Vaccination report Assam 1874-1896 - 1874-1896
Year: 1874
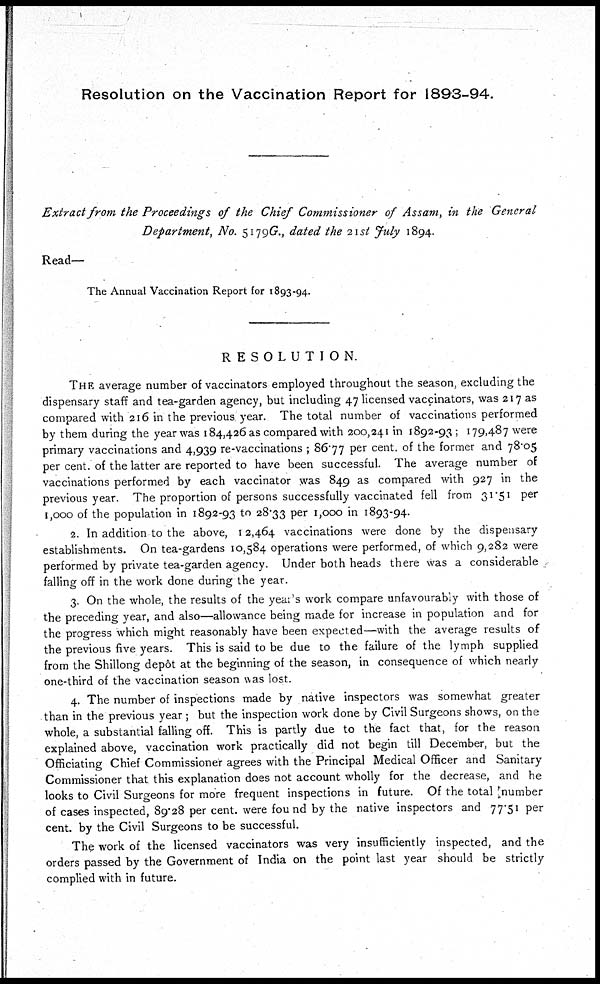
Resolution on the Vaccination Report for 1893-94.
Extract from the Proceedings of the Chief Commissioner of Assam, in the General
Department, No. 5179G., dated the 21st July 1894.
Read—
The Annual Vaccination Report for 1893-94.
RESOLUTION.
THE average number of vaccinators employed throughout the season, excluding the
dispensary staff and tea-garden agency, but including 47 licensed vaccinators, was 217 as
compared with 216 in the previous year. The total number of vaccinations performed
by them during the year was 184,426 as compared with 200,241 in 1892-93 ; 179,487 were
primary vaccinations and 4,939 re-vaccinations ; 86.77 per cent. of the former and 78.05
per cent. of the latter are reported to have been successful. The average number of
vaccinations performed by each vaccinator was 849 as compared with 927 in the
previous year. The proportion of persons successfully vaccinated fell from 31.51 per
1,000 of the population in 1892-93 to 28.33 Per 1,000 in 1893-94.
2. In addition to the above, 12,464 vaccinations were done by the dispensary
establishments. On tea-gardens 10,584 operations were performed, of which 9,282 were
performed by private tea-garden agency. Under both heads there was a considerable
falling off in the work done during the year.
3. On the whole, the results of the year's work compare unfavourably with those of
the preceding year, and also—allowance being made for increase in population and for
the progress which might reasonably have been expected—with the average results of
the previous five years. This is said to be due to the failure of the lymph supplied
from the Shillong depôt at the beginning of the season, in consequence of which nearly
one-third of the vaccination season was lost.
4. The number of inspections made by native inspectors was somewhat greater
than in the previous year ; but the inspection work done by Civil Surgeons shows, on the
whole, a substantial falling off. This is partly due to the fact that, for the reason
explained above, vaccination work practically did not begin till December, but the
Officiating Chief Commissioner agrees with the Principal Medical Officer and Sanitary
Commissioner that this explanation does not account wholly for the decrease, and he
looks to Civil Surgeons for more frequent inspections in future. Of the total number
of cases inspected, 89.28 per cent. were found by the native inspectors and 77.51 per
cent. by the Civil Surgeons to be successful.
The work of the licensed vaccinators was very insufficiently inspected, and the
orders passed by the Government of India on the point last year should be strictly
complied with in future.